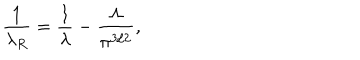
\frac { 1 } { \lambda _ { R } } = \frac { 1 } { \lambda } - \frac { \Lambda } { \pi ^ { 3 / 2 } } ,